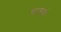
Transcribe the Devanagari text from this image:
कालनी